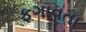
ફગાવતા